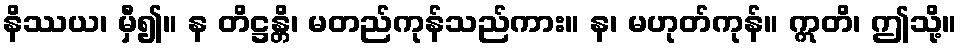
နိဿယ၊ မှီ၍။ န တိဋ္ဌန္တိ၊ မတည်ကုန်သည်ကား။ န၊ မဟုတ်ကုန်။ ဣတိ၊ ဤသို့။